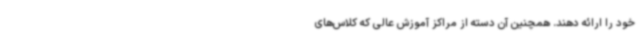
خود را ارائه دهند. همچنین آن دسته از مراکز آموزش عالی که کلاس‌های